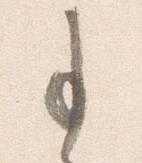
事